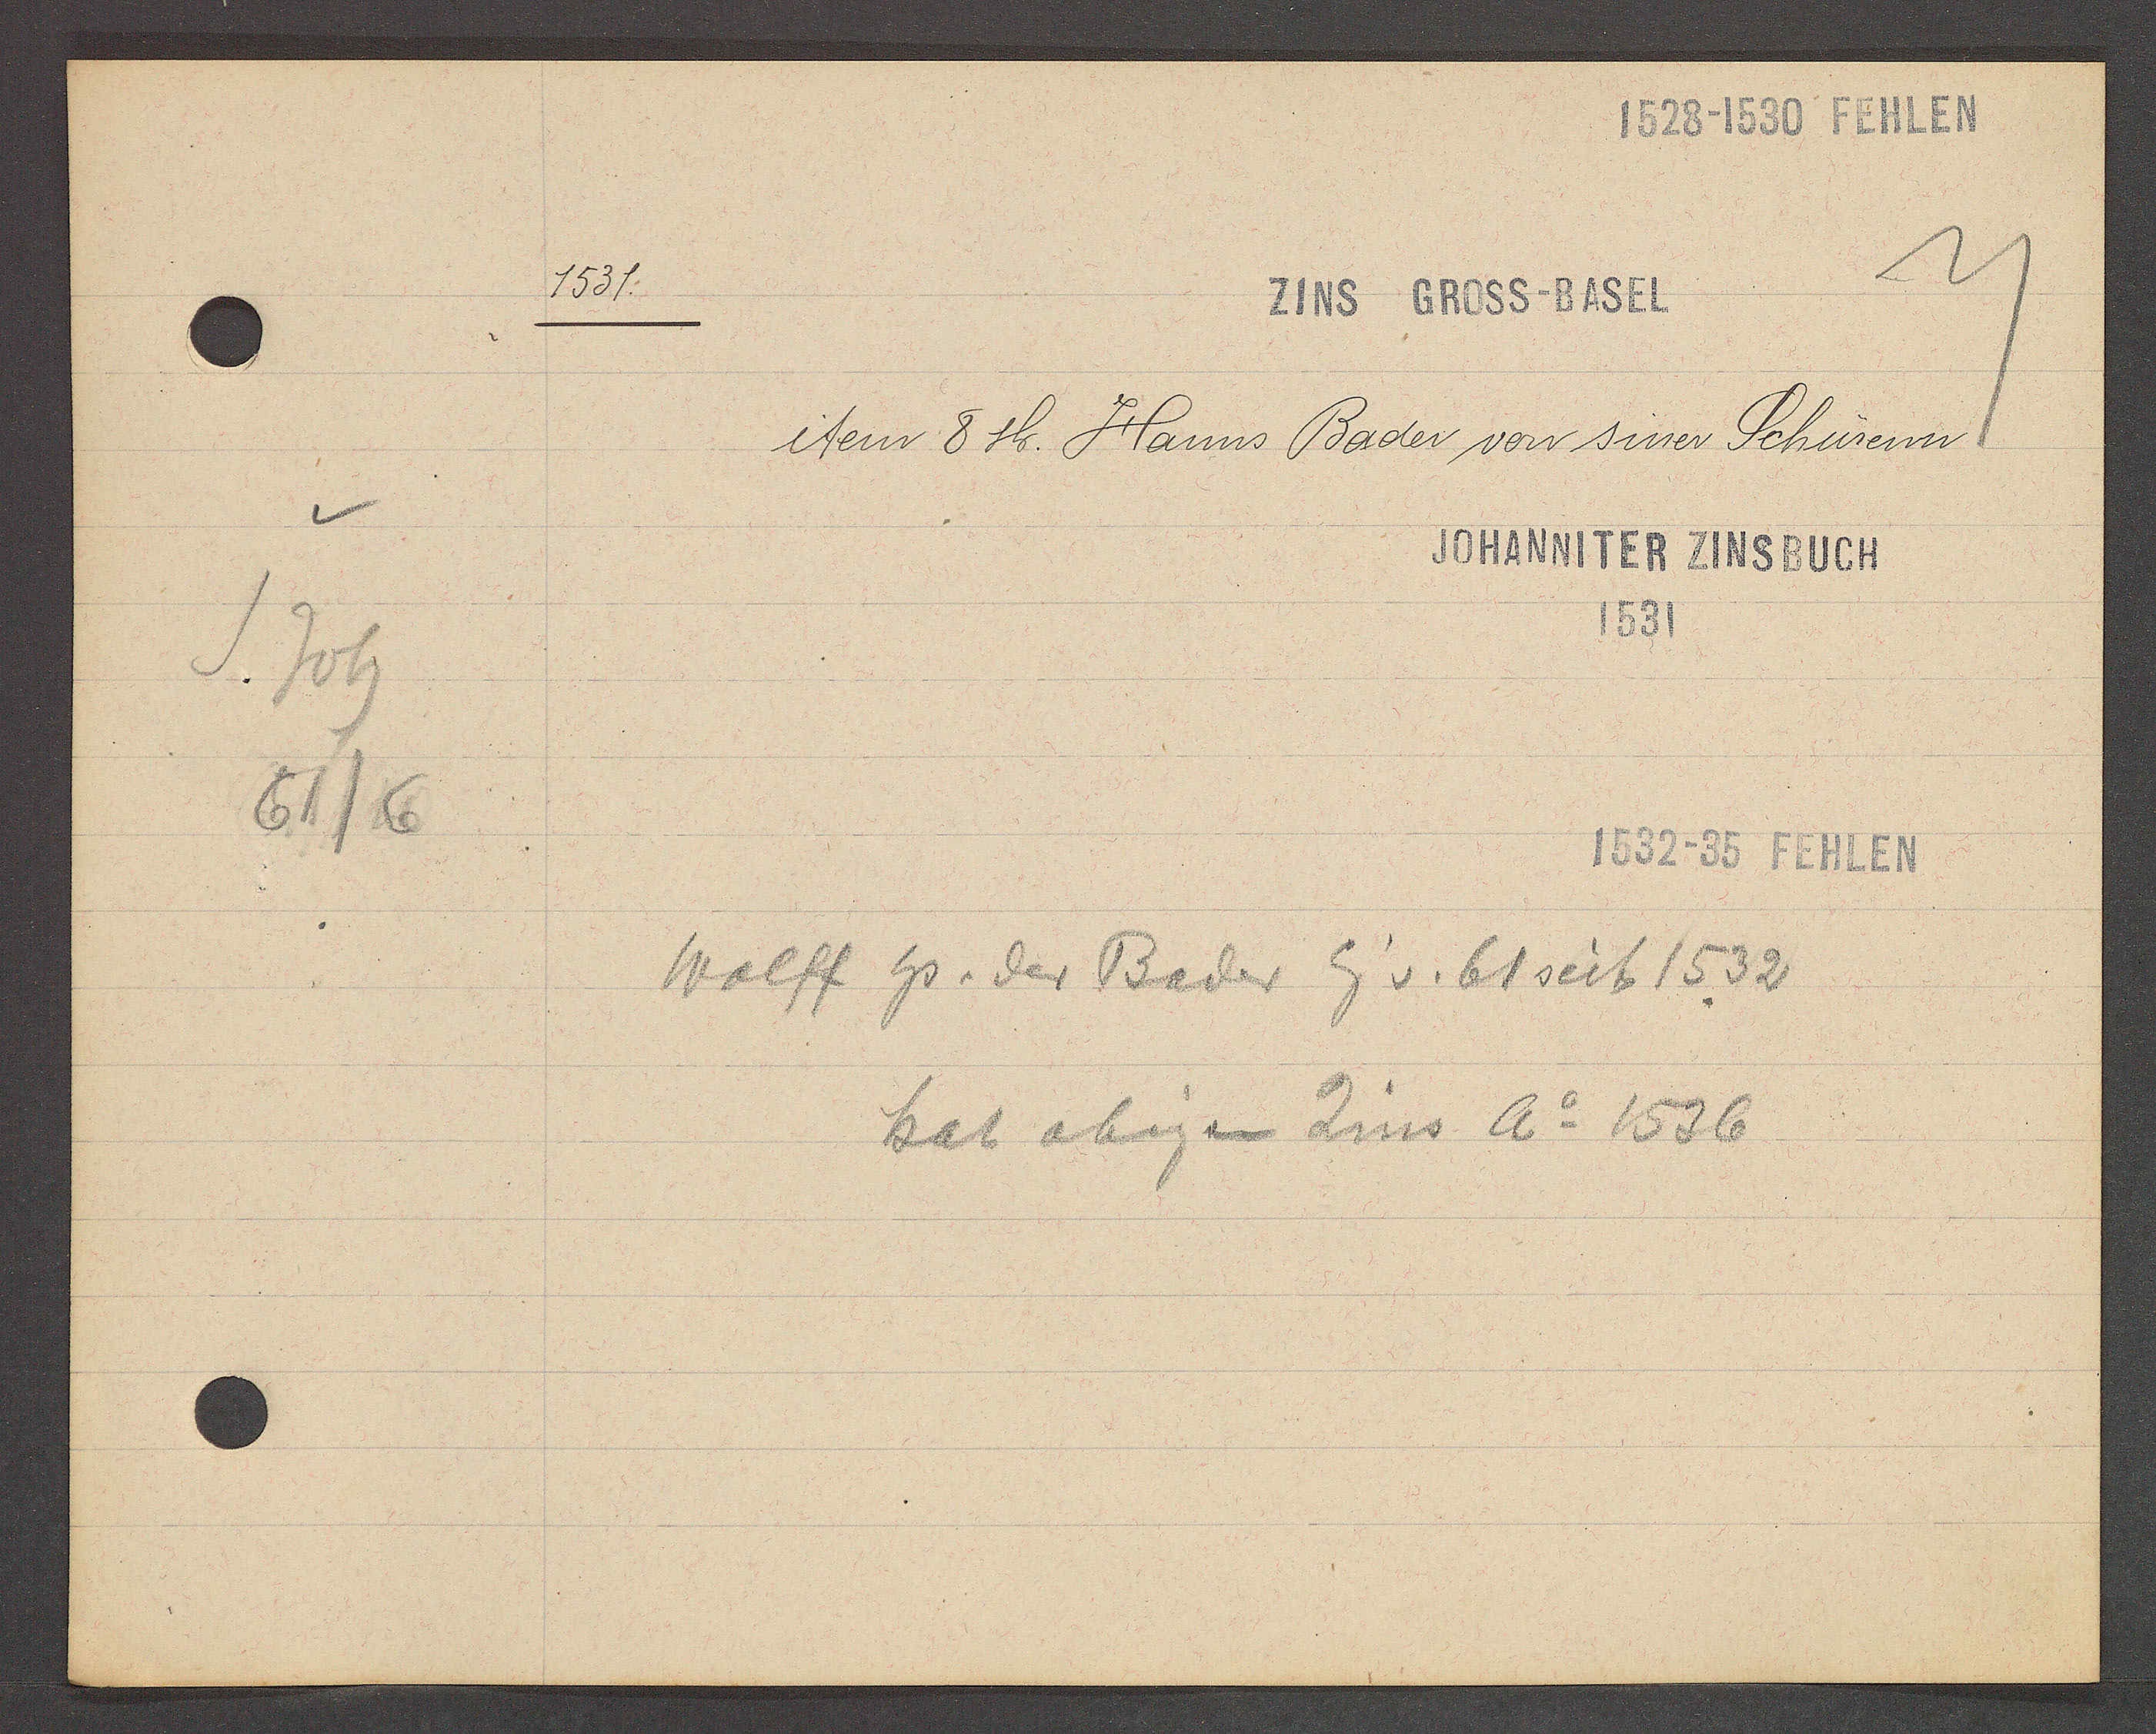
Transcript:
J. Joh
61/6

1531

ZINS GROSS-BASEL

item 8 sh. Hanns Baden von sinem Schürewn.

JOHANNITER ZINSBUCH
1531

1532-35 FEHLEN

Wolff hs. der Bader Eig v. 61 seit 1532
hat obigen Zins Ao 1536